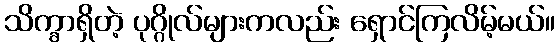
သိက္ခာရှိတဲ့ ပုဂ္ဂိုလ်များကလည်း ရှောင်ကြလိမ့်မယ်။